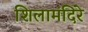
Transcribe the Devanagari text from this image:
शिलामंदिरे